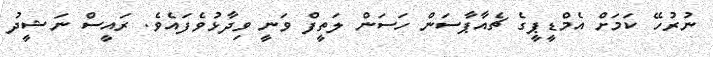
ނުރުހޭ ކަމަށް އެމްޑީޕީގެ ޗެއާޕާސަން ހަސަން ލަތީފް ވަނީ ވިދާޅުވެފައެވެ. ރައީސް ނަޝީދު